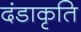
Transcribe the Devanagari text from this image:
दंडाकृति